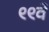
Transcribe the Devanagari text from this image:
९९वें